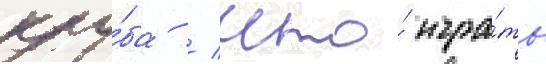
клу́ба / что́ игра́ть